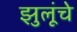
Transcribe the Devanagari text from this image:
झुलूंचे